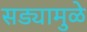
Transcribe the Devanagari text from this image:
सड्यामुळे